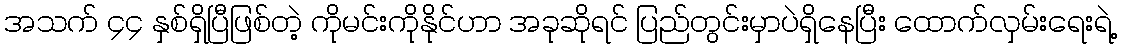
အသက် ၄၄ နှစ်ရှိပြီဖြစ်တဲ့ ကိုမင်းကိုနိုင်ဟာ အခုဆိုရင် ပြည်တွင်းမှာပဲရှိနေပြီး ထောက်လှမ်းရေးရဲ့